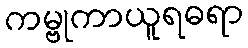
ကမ္ဗုကာယူရဓရာ